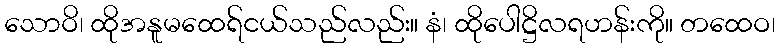
သောဝိ၊ ထိုအနူမထေရ်ငယ်သည်လည်း။ နံ၊ ထိုပေါဋ္ဌိလရဟန်းကို။ တထေဝ၊